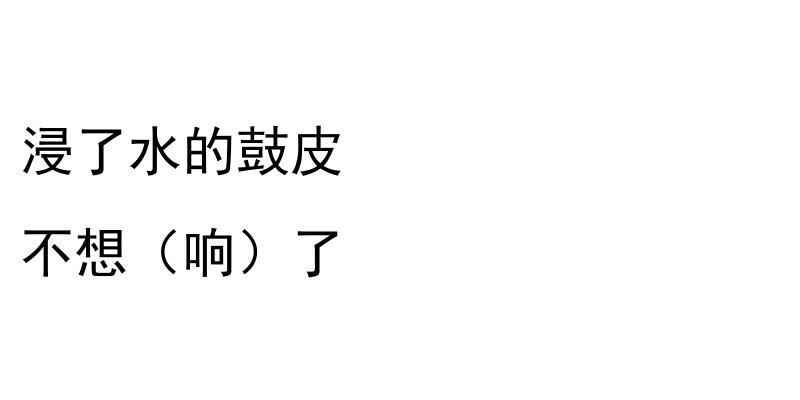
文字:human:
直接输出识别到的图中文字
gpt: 浸了水的鼓皮 不想（响）了